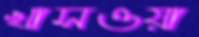
খাসওয়া